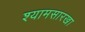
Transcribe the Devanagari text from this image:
श्यामसारखा